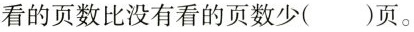
看的页数比没有看的页数少()页。